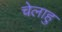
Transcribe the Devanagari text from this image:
चेलाहु